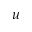
\boldsymbol { u }